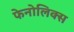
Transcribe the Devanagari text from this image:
फेनोलिक्स